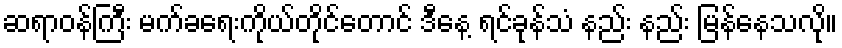
ဆရာဝန်ကြီး မက်ခရေးကိုယ်တိုင်တောင် ဒီနေ့ ရင်ခုန်သံ နည်း နည်း မြန်နေသလို။